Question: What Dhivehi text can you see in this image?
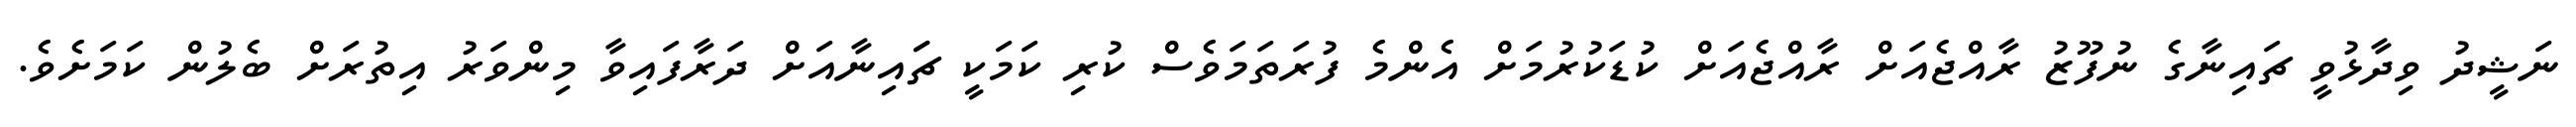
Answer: ނަޝީދު ވިދާޅުވީ ޗައިނާގެ ނުފޫޒު ރާއްޖެއަށް ރާއްޖެއަށް ކުޑަކުރުމަށް އެންމެ ފުރަތަމަވެސް ކުރި ކަމަކީ ޗަައިނާއަށް ދަރާފައިވާ މިންވަރު އިތުރަށް ބެލުން ކަމަށެވެ.